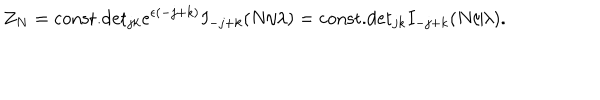
LaTeX: Z _ { N } = \mathrm { c o n s t . } \mathrm { d e t } _ { j k } e ^ { \epsilon ( - j + k ) } I _ { - j + k } ( N / \lambda ) = \mathrm { c o n s t . } \mathrm { d e t } _ { j k } I _ { - j + k } ( N / \lambda ) .